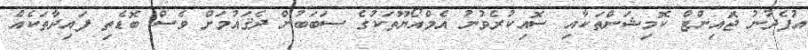
އުފެދުނު ޖަޮއިންޓް ކޮމިޝަންތަކާއި ސޮއިކުރެވުނު އެމްއޯޔޫތަކުގެ ސަބަބުން ދެޤައުމަށް ވެސް ބޮޑެތި ފައިދާތަކެއް